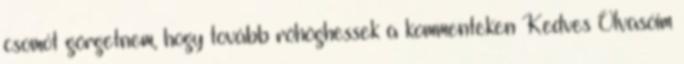
csomót görgetnem, hogy tovább röhöghessek a kommenteken Kedves Olvasóim